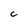
Character: C